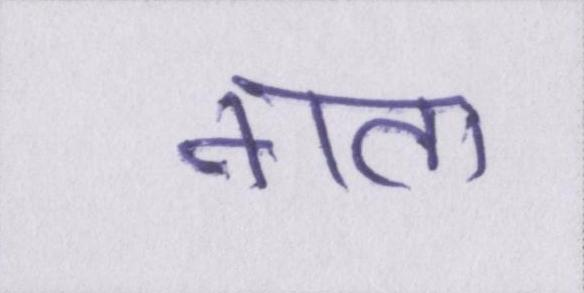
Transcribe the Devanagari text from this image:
नाता